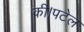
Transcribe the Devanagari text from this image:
की।पटेल